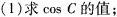
(1)求cos C的值；